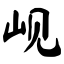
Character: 岘